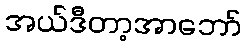
အယ်ဒီတာ့အာဘော်